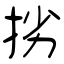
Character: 挘